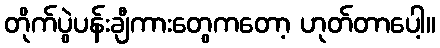
တိုက်ပွဲပန်းချီကားတွေကတော့ ဟုတ်တာပေါ့။